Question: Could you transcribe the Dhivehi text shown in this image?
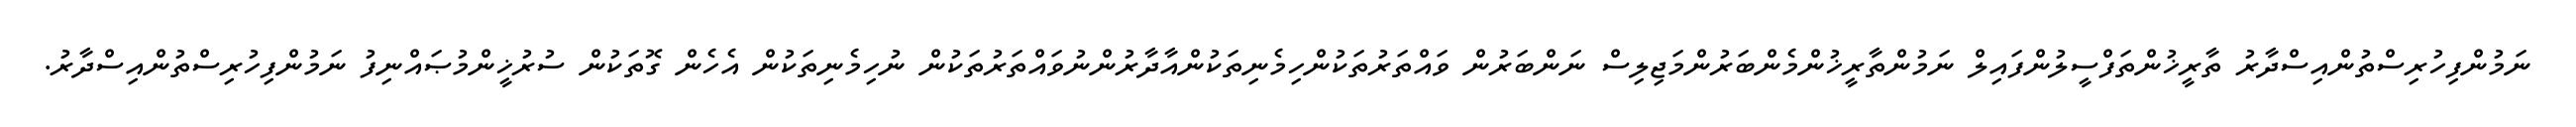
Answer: ނަމުންފިހުރިސްތުންއިސްދާރު ތާރީޚުންތަފްސީލުންފައިލް ނަމުންތާރީޚުންމެންބަރުންމަޖިލިސް ނަންބަރުން ވައްތަރުތަކުންހިމެނިތަކުންއާދާރުންނުވައްތަރުތަކުން ނުހިމެނިތަކުން އެހެން ގޮތަކުން ސުރުޚީންމުޞައްނިފު ނަމުންފިހުރިސްތުންއިސްދާރު.